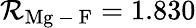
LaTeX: \mathcal{R}_{\mathrm{{Mg\mathrm{{~-~}}F}}}=1.830